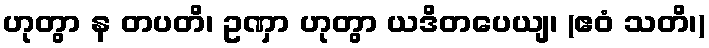
ဟုတွာ န တပတိ၊ ဥဏှာ ဟုတွာ ယဒိတပေယျ၊ (ဧဝံ သတိ၊)